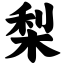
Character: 梨